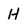
Character: H